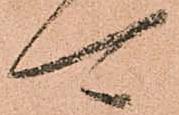
可